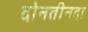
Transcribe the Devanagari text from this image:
दोनतीनदा